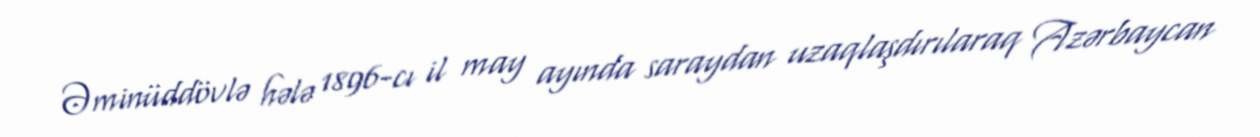
Əminüddövlə hələ 1896-cı il may ayında saraydan uzaqlaşdırılaraq Azərbaycan